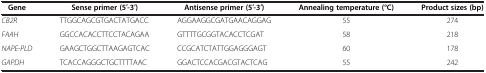
<table><thead><tr><td><b> Gene</b></td><td><b>Sense primer (5′-3′)</b></td><td><b>Antisense primer (5′-3′)</b></td><td><b>Annealing temperature (°C)</b></td><td><b>Product sizes (bp)</b></td></tr></thead><tbody><tr><td><i>CB2R</i></td><td>TTGGCAGCGTGACTATGACC</td><td>AGGAAGGCGATGAACAGGAG</td><td>55</td><td>274</td></tr><tr><td><i>FAAH</i></td><td>GGCCACACCTTCCTACAGAA</td><td>GTTTTGCGGTACACCTCGAT</td><td>58</td><td>218</td></tr><tr><td><i>NAPE-PLD</i></td><td>GAAGCTGGCTTAAGAGTCAC</td><td>CCGCATCTATTGGAGGGAGT</td><td>60</td><td>178</td></tr><tr><td><i>GAPDH</i></td><td>TCACCAGGGCTGCTTTTAAC</td><td>GGACTCCACGACGTACTCAG</td><td>55</td><td>242</td></tr></tbody></table>